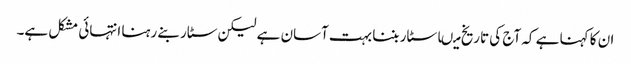
ان کا کہنا ہے کہ آج کی تاریخ میںا سٹار بننا بہت آسان ہے لیکن سٹار بنے رہنا انتہائی مشکل ہے۔